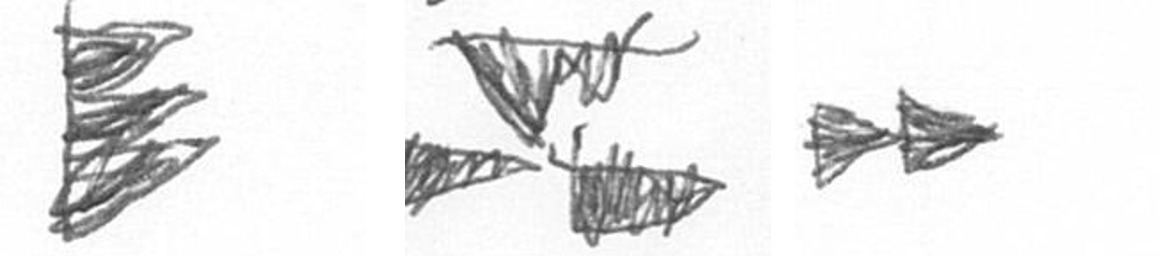
H B A